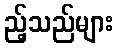
ည့်သည်များ